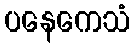
ပနေကေသံ